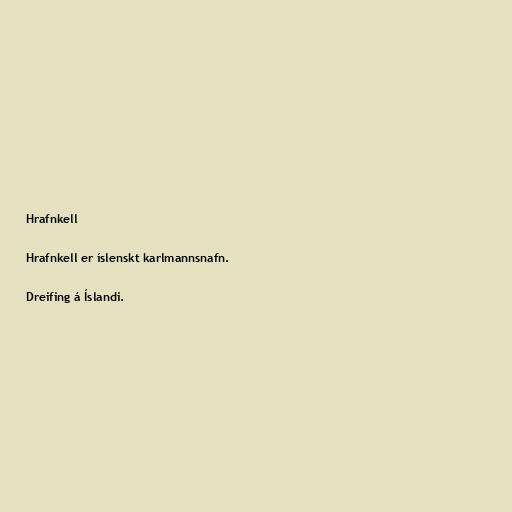
Hrafnkell

Hrafnkell er íslenskt karlmannsnafn.

Dreifing á Íslandi.